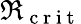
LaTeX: \Re_{\mathrm{~c~r~i~t~}}